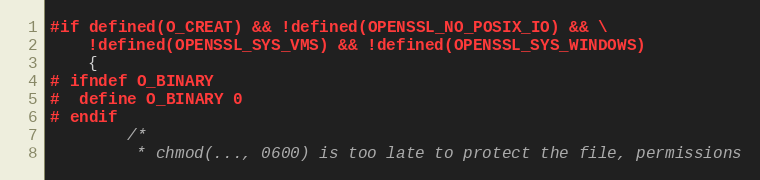
Language: C
#if defined(O_CREAT) && !defined(OPENSSL_NO_POSIX_IO) && \
    !defined(OPENSSL_SYS_VMS) && !defined(OPENSSL_SYS_WINDOWS)
    {
# ifndef O_BINARY
#  define O_BINARY 0
# endif
        /*
         * chmod(..., 0600) is too late to protect the file, permissions